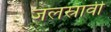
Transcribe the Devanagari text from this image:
जलस्रावी